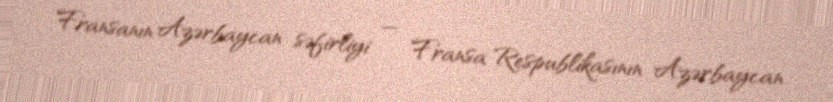
Fransanın Azərbaycan səfirliyi — Fransa Respublikasının Azərbaycan